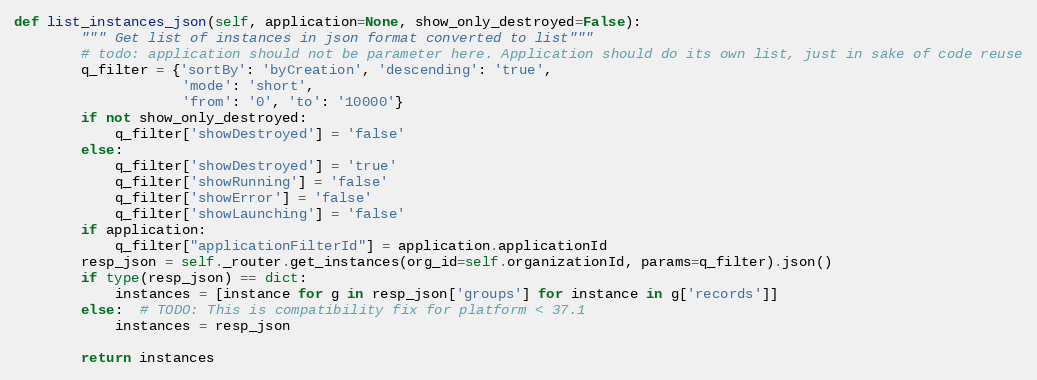
Language: Python
def list_instances_json(self, application=None, show_only_destroyed=False):
        """ Get list of instances in json format converted to list"""
        # todo: application should not be parameter here. Application should do its own list, just in sake of code reuse
        q_filter = {'sortBy': 'byCreation', 'descending': 'true',
                    'mode': 'short',
                    'from': '0', 'to': '10000'}
        if not show_only_destroyed:
            q_filter['showDestroyed'] = 'false'
        else:
            q_filter['showDestroyed'] = 'true'
            q_filter['showRunning'] = 'false'
            q_filter['showError'] = 'false'
            q_filter['showLaunching'] = 'false'
        if application:
            q_filter["applicationFilterId"] = application.applicationId
        resp_json = self._router.get_instances(org_id=self.organizationId, params=q_filter).json()
        if type(resp_json) == dict:
            instances = [instance for g in resp_json['groups'] for instance in g['records']]
        else:  # TODO: This is compatibility fix for platform < 37.1
            instances = resp_json

        return instances